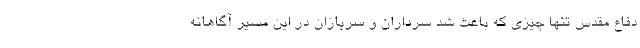
دفاع مقدس تنها چیزی که باعث شد سرداران و سربازان در این مسیر آگاهانه